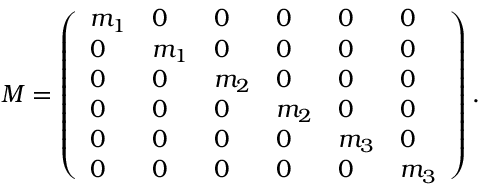
M = \left( \begin{array} { l l l l l l } { m _ { 1 } } & { 0 } & { 0 } & { 0 } & { 0 } & { 0 } \\ { 0 } & { m _ { 1 } } & { 0 } & { 0 } & { 0 } & { 0 } \\ { 0 } & { 0 } & { m _ { 2 } } & { 0 } & { 0 } & { 0 } \\ { 0 } & { 0 } & { 0 } & { m _ { 2 } } & { 0 } & { 0 } \\ { 0 } & { 0 } & { 0 } & { 0 } & { m _ { 3 } } & { 0 } \\ { 0 } & { 0 } & { 0 } & { 0 } & { 0 } & { m _ { 3 } } \end{array} \right) .